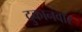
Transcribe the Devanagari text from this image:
दुकानवार